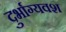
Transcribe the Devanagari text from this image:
दुर्भाग्‍यवश